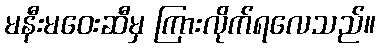
မနီးမဝေးဆီမှ ကြားလိုက်ရလေသည်။